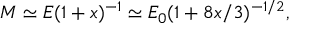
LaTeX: M \simeq E ( 1 + x ) ^ { - 1 } \simeq E _ { 0 } ( 1 + 8 x / 3 ) ^ { - 1 / 2 } ,